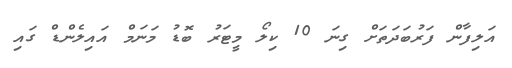
އަލިފާން ފަރުބަދަތަށް ގިނަ 10 ކިލޯ މީޓަރު ބޮޑު މަނަމް އައިލެންޑް ގައި